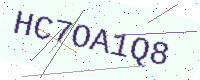
Text: HC7OA1Q8